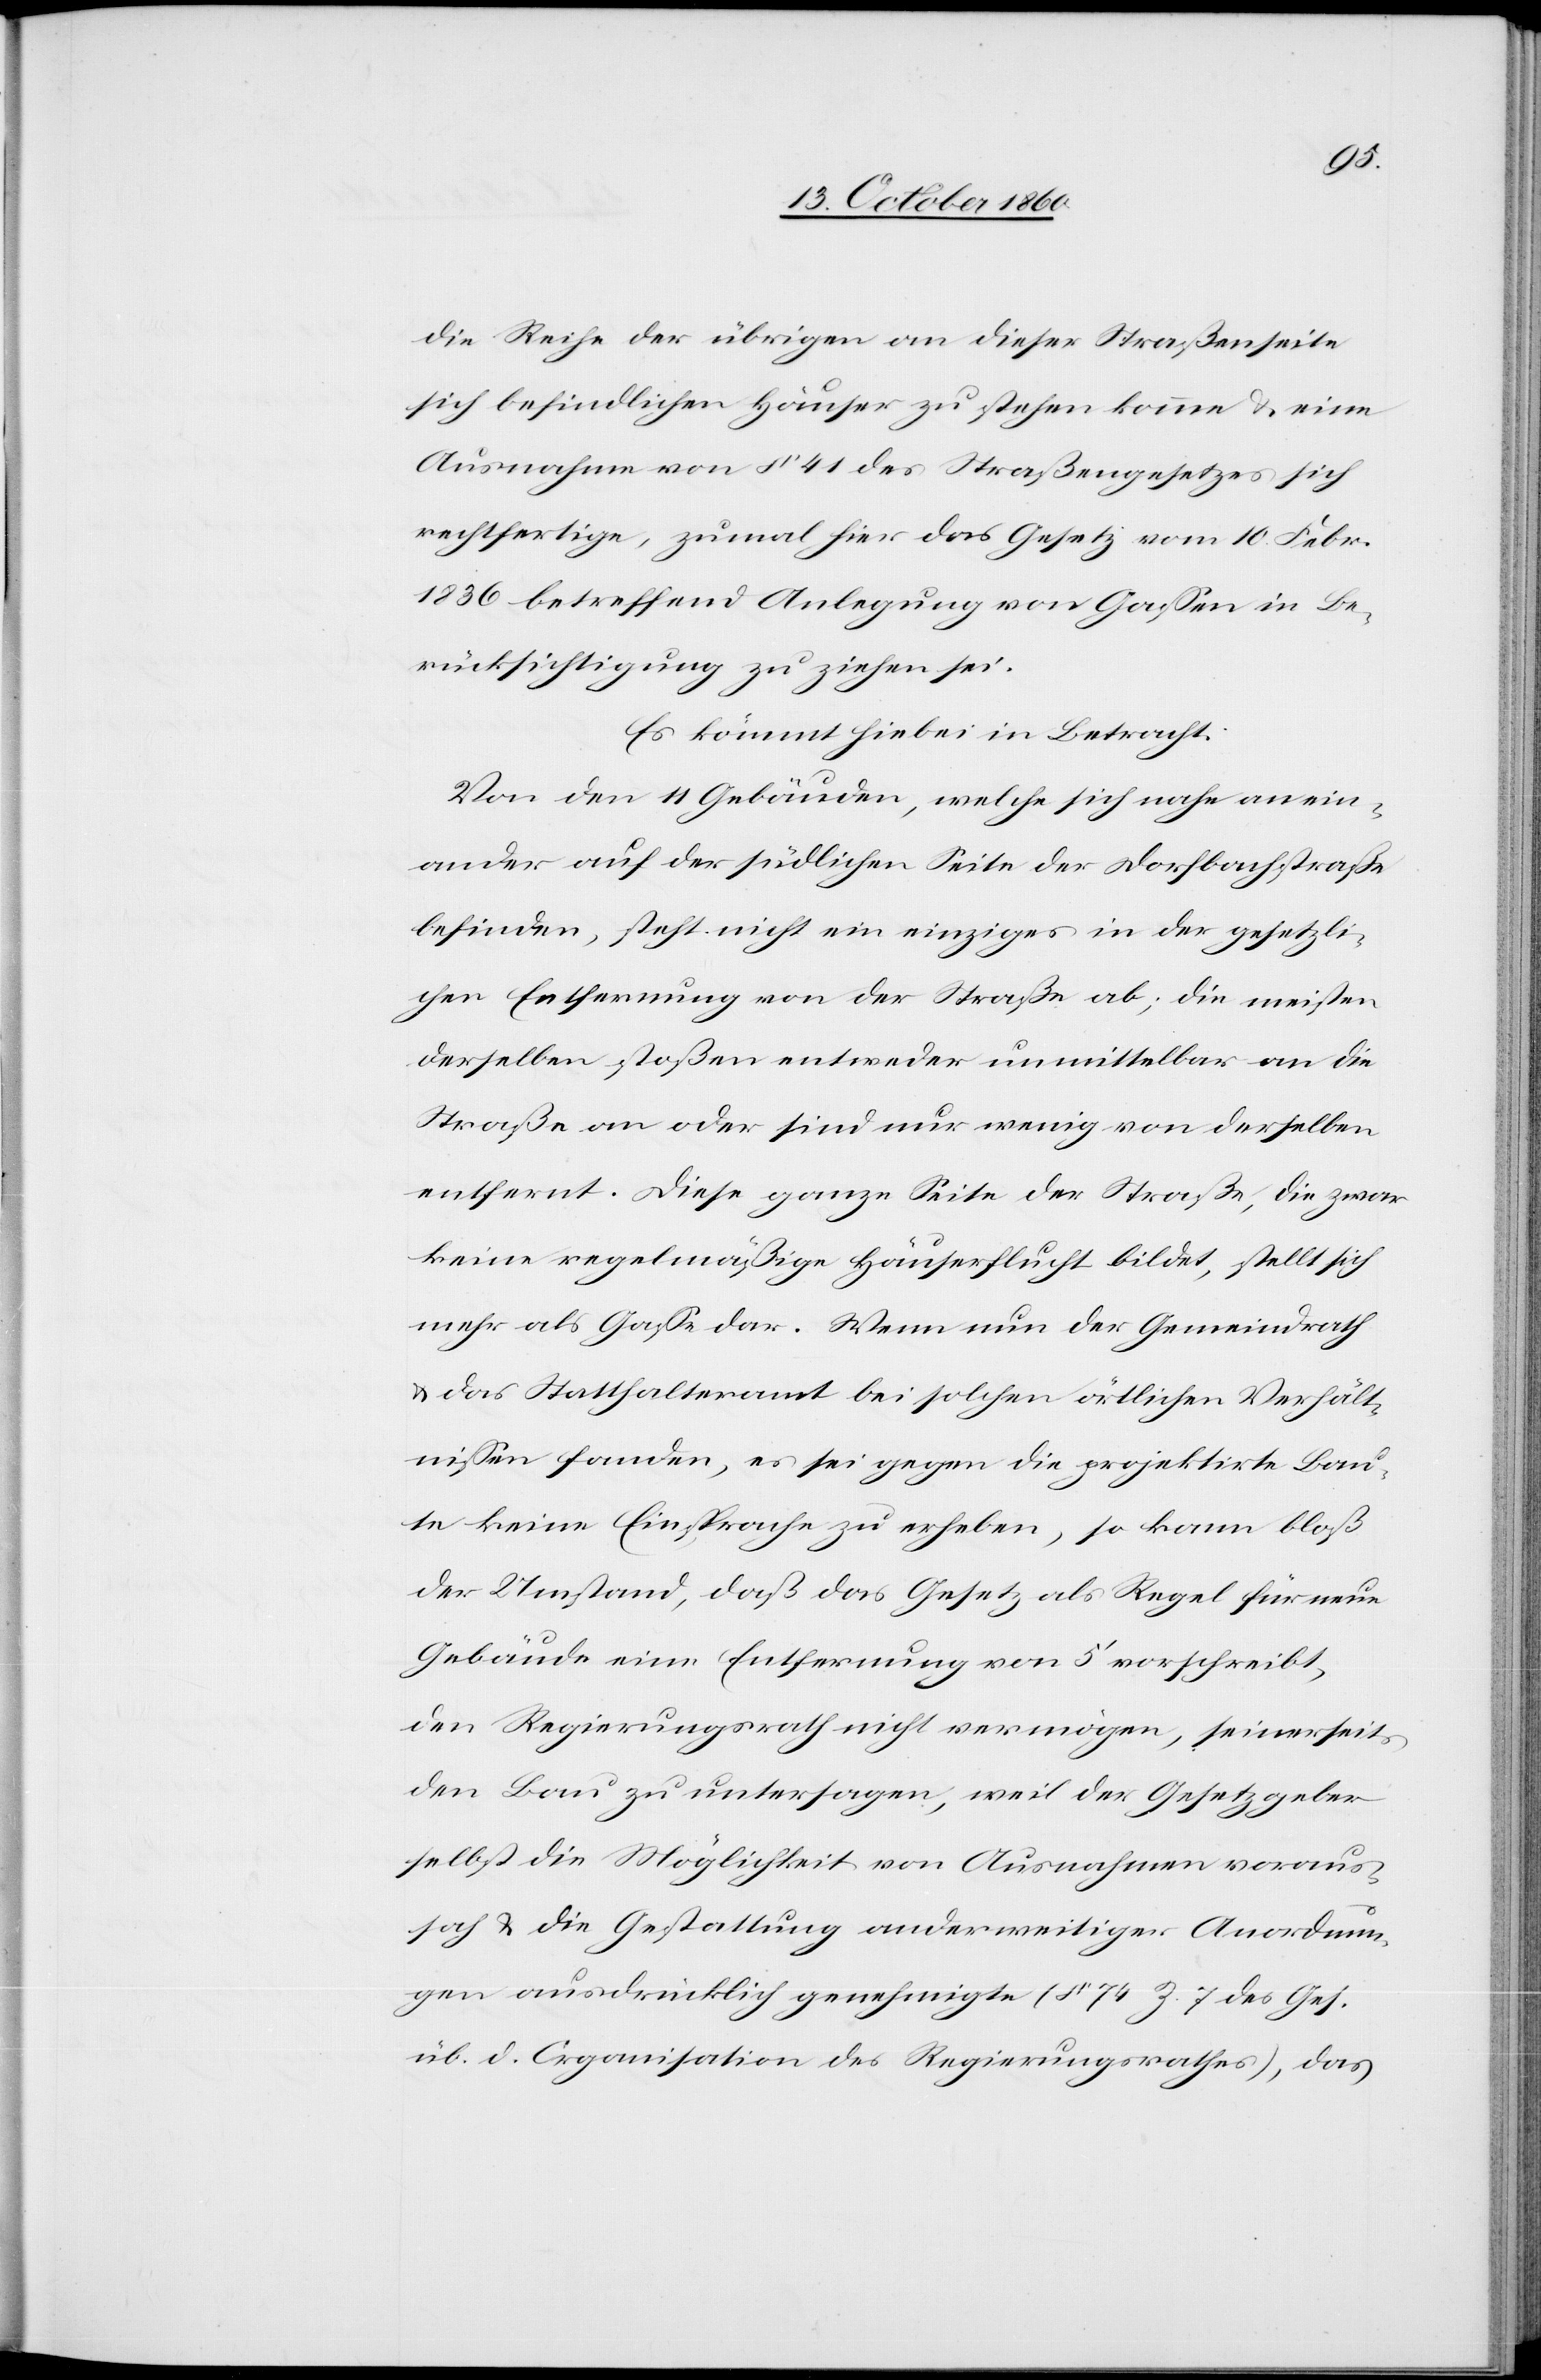
die Reihe der übrigen an dieser Straßenseite
sich befindlichen Häuser zu stehen käme u. eine
Ausnahme von § 41 des Straßengesetzes sich
rechtfertige, zumal hier das Gesetz vom 10. Febr.
1836 betreffend Anlegung von Gassen in Be¬
rücksichtigung zu ziehen sei.
Es kömmt hiebei in Betracht:
Von den 11 Gebäuden, welche sich nahe an ein¬
ander auf der südlichen Seite der Dorfbachstraße
befinden, steht nicht ein einziges in der gesetzli¬
chen Entfernung von der Straße ab; die meisten
derselben stoßen entweder unmittelbar an die
Straße an oder sind nur wenig von derselben
entfernt. Diese ganze Seite der Straße, die zwar
keine regelmäßige Häuserflucht bildet, stellt sich
mehr als Gasse dar. Wenn nun der Gemeindrath
u. das Statthalteramt bei solchen örtlichen Verhält¬
nissen fanden, es sei gegen die projektirte Bau¬
te keine Einsprache zu erheben, so kann bloß
der Umstand, daß das Gesetz als Regel für neue
Gebäude eine Entfernung von 5’ vorschreibt,
den Regierungsrath nicht vermögen, seinerseits
den Bau zu untersagen, weil der Gesetzgeber
selbst die Möglichkeit von Ausnahmen voraus¬
sah u. die Gestattung anderweitiger Anordnun¬
gen ausdrücklich genehmigte (§ 74 Z. 7 des Ges.
üb. d. Organisation des Regierungsrathes), das